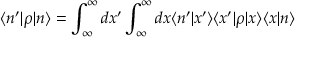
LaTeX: \langle n ^ { \prime } \vert \rho \vert n \rangle = \int _ { \infty } ^ { \infty } d x ^ { \prime } \int _ { \infty } ^ { \infty } d x \langle n ^ { \prime } \vert x ^ { \prime } \rangle \langle x ^ { \prime } \vert \rho \vert x \rangle \langle x \vert n \rangle